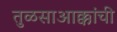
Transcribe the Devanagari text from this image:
तुळसाआक्कांची